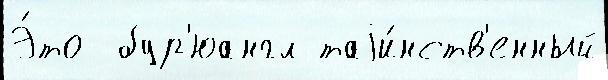
Э́то  бур'юангл таjи́нств'енный